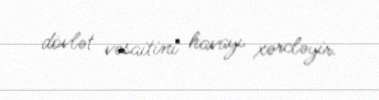
dövlət vəsaitini havayı xərcləyir.